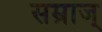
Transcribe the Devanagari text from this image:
सम्राज्